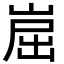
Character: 崫